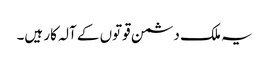
یہ ملک دشمن قوتوں کے آلہ کار ہیں۔